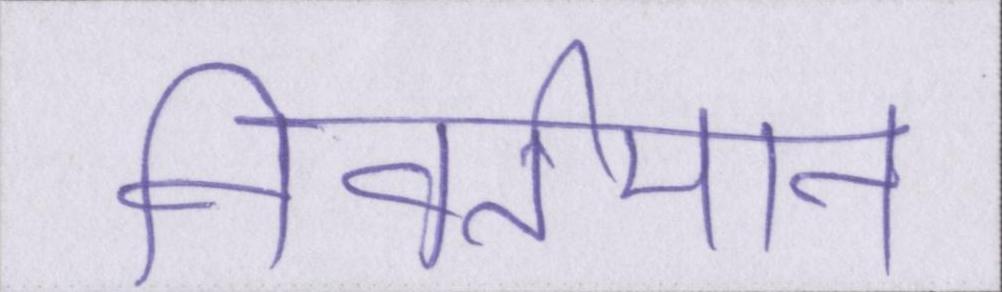
निवर्तमान